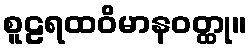
စူဠရထဝိမာနဝတ္ထု။